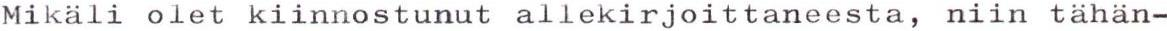
Mikäli olet kiinnostunut allekirjoittaneesta, niin tähän-